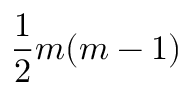
{ \frac { 1 } { 2 } } m ( m - 1 )